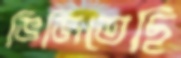
ভিজিতেছি